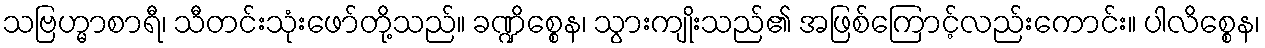
သဗြဟ္မာစာရီ၊ သီတင်းသုံးဖော်တို့သည်။ ခဏ္ဍိစ္စေန၊ သွားကျိုးသည်၏ အဖြစ်ကြောင့်လည်းကောင်း။ ပါလိစ္စေန၊